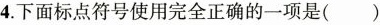
4.下面标点符号使用完全正确的一项是()